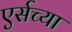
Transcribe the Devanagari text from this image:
एर्सच्या